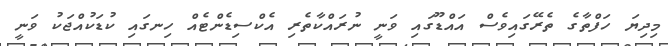
މިދިޔަ ހަފްތާގެ ތެރޭގައިވެސް އައްޑޫގައި ވަނީ ނުރައްކާތެރި އެކްސިޑެންޓެއް ހިނގައި ކުޑަކުއްޖަކު ވަނީ